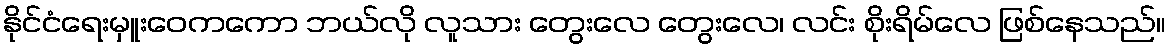
နိုင်ငံရေးမှူးဝေကကော ဘယ်လို လူသား တွေးလေ တွေးလေ၊ လင်း စိုးရိမ်လေ ဖြစ်နေသည်။